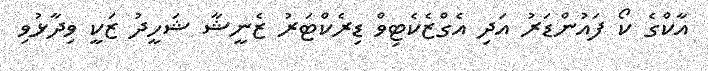
އާކްގެ ކޯ ފައުންޑަރު އަދި އެގްޒެކެޓިވް ޑިރެކްޓަރު ޒެނީޝާ ޝަހީދު ޒަކީ ވިދާޅުވި